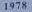
1978